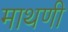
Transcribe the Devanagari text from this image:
माथणी